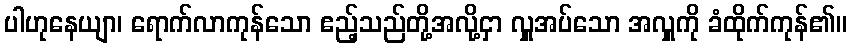
ပါဟုနေယျာ၊ ရောက်လာကုန်သော ဧည့်သည်တို့အလို့ငှာ လှူအပ်သော အလှူကို ခံထိုက်ကုန်၏။